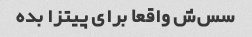
سس‌ش واقعا برای پیتزا بده